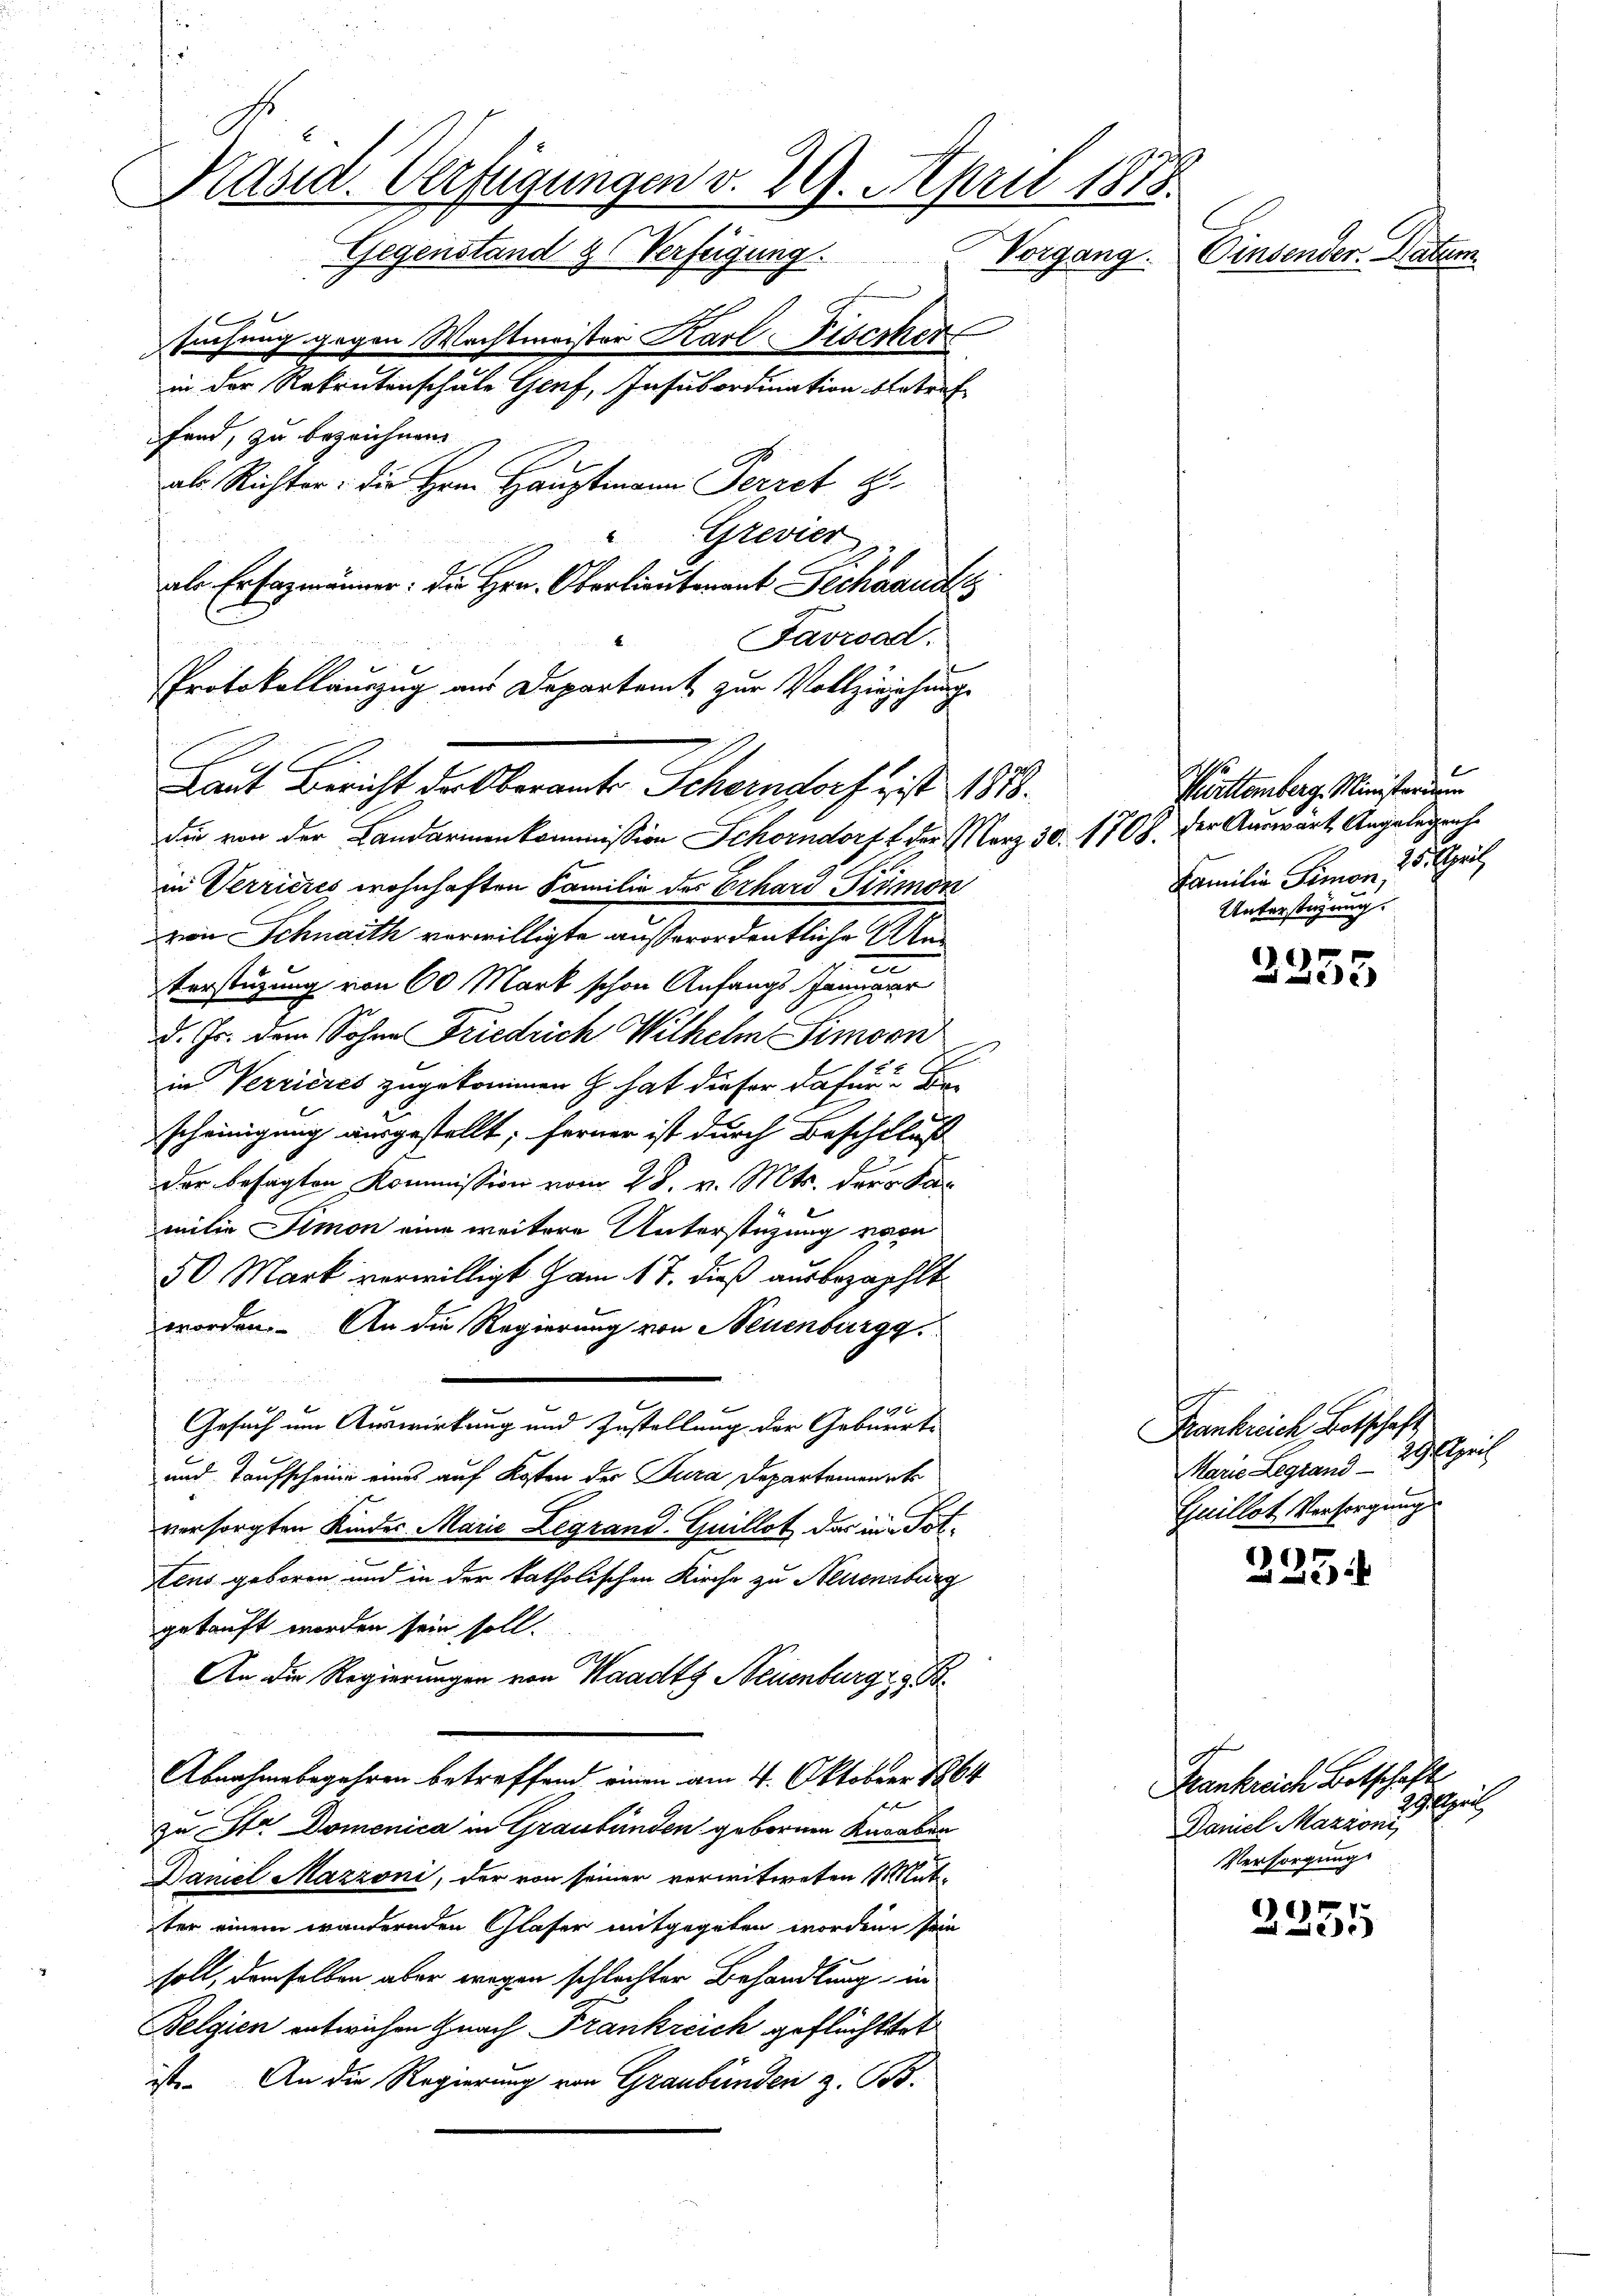
Präsid. Verfügungen v. 29. April 1875.
Gegenstand & Verfügung
Vorgang. Einsender. Natum
suchung gegen Wachtmeister Karl Fischer
in der Rekrutenschule Genf, Insubordination betref
fand, zu bezeichnen.
als Richter: die Hrn. Hauptmann Perret
Grevier

die von der Landarmenkommission Schorndorf & der März 30. 1708. der Auswärt Angelegenhe
in Verrieres wohnhaften Familie des Erhard Primon
von Schnaith verwilligte außerordentliche Ste
Verstüzung von 60 Mark schon Anfangs
d. Js. dem Sohne Friedrich Wilhelm Simorn
in Verrieres zugekommen H. hat dieser dafür Bescheinigung ausgestellt; ferner ist durch Beschluß
der besagten Kommission vom 28. v. Mts. der Kamitin Simon eine weitere Unterstützung von
50 Mark verwilligt am 17. dieß ausbezahlt
worden. An die Regierung von Neuenburgg
i
Gesuch um Auswirkung und Zustellung der Gebüerte
¬
und Taufscheine eines auf Kosten der Jura Departement
versorgten Kinder Marie Legrand Guillot das in Pottens geboren und in der katholischen Kirche zu Neuenburg
gekauft worden sein soll.
An die Regierungen von Waadt, Neuenburg e g
Abnahmebegehren betreffend einen am 4. Oktober 1864
  22
zu Str. Domenica in Graubünden gebornen Karaben
Daniel Mazzoni, der von seiner verwitweten Mut-
iter einem wandernden Glaser mitgegeben worden sein
soll, demselben aber wegen schlachter Behandlung in
Belgien entwichen Gnach Frankreich geflüchtert
st. An die Regierung von Graubünden z. B.

ale Ersatzmänner: Die Hrn. Oberlieutenant Pechanndts
Favroad.
Protokollauszug aus Departamt zur Vollzieichungs
Laut Bericht der Oberamte Scheinstorf & ist. 1818.

Württemberg. Ministerium
Familie Simon, 25. April
Unterstüzung.

.
253

Frankreich Botschaft
Marie Legrand 29. April
Guillot Versorgungs

2234

Frankreiche Betschafts
Sigel
Daniel Mazioni,
Versorgung

2335